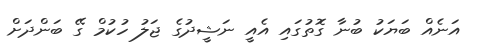
އަނެއް ބަޔަކު ބުނާ ގޮތުގައި އެއީ ނަޝީދުގެ ޖަލު ހުކުމް ގޭ ބަންދަށް